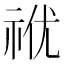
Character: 𥙜